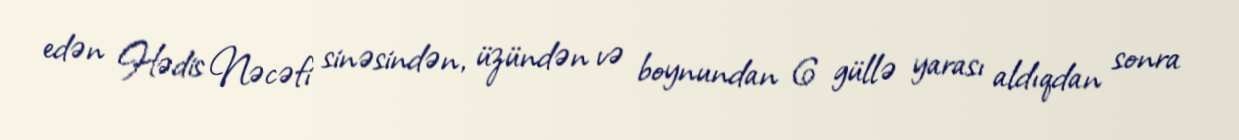
edən Hədis Nəcəfi sinəsindən, üzündən və boynundan 6 güllə yarası aldıqdan sonra